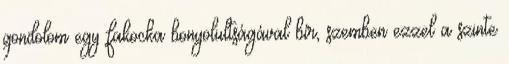
gondolom egy fakocka bonyolultságával bír, szemben ezzel a szinte